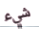
شيء